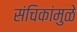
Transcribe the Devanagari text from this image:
संचिकांमुळे